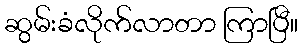
ဆွမ်းခံလိုက်လာတာ ကြာပြီ။